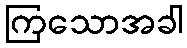
ကြသောအခါ